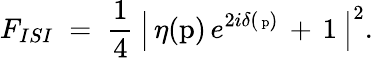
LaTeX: F_{ISI}\; =\; \frac{1}{4}\: \left|\, \eta(\mathrm{p})\, e^{2i\delta(\mathrm{\scriptsize~p})}\, +\, 1\: \right|^{2}.